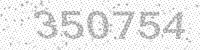
Solution: 350754